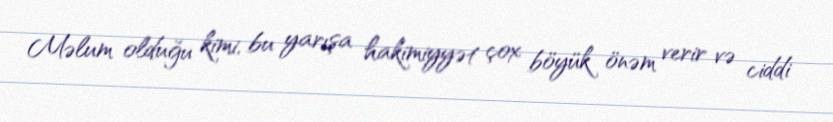
Məlum olduğu kimi, bu yarışa hakimiyyət çox böyük önəm verir və ciddi